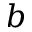
b